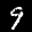
Label: 9